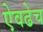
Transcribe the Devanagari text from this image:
ऐवढेच